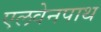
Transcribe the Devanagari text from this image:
एलवेनपाथ